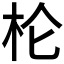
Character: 𰗖